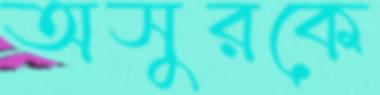
অসুরকে